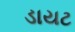
ડાયટ